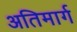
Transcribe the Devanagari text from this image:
अतिमार्ग